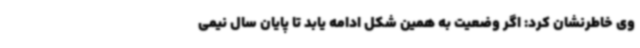
وی خاطرنشان کرد: اگر وضعیت به همین شکل ادامه یابد تا پایان سال نیمی